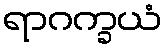
ရာဂက္ခယံ